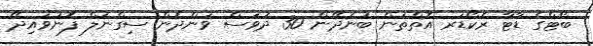
ބޯޓްގެ ޑާޓާ ރެކޯޑަރ އޮތްތަން ބުނެދޭން 30 ދުވަސް ވަންދެން ސިގްނަލް ފޮނުވައިދޭ